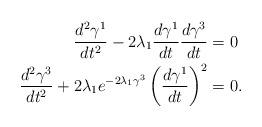
LaTeX: \begin{align*}\frac{d^2\gamma^1}{dt^2}-2\lambda_1 \frac{d\gamma^1}{dt} \frac{d\gamma^3}{dt}&=0\\\frac{d^2\gamma^3}{dt^2}+2\lambda_1 e^{-2\lambda_1 \gamma^3} \left(\frac{d\gamma^1}{dt}\right)^2 &=0.\end{align*}